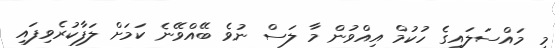
މި މައްސަލައިގެ ހުކުމް އިއްވުން މާ ލަސް ނުވެ ބޭއްވޭނެ ކަމަށް ލަފާކުރެވިފައި